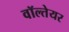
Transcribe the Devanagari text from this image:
वॉल्तेयर